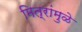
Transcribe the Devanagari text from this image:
मित्रांमुळे